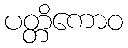
ပတ္တိကောဝ